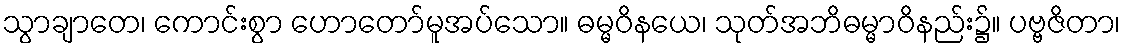
သွာချာတေ၊ ကောင်းစွာ ဟောတော်မူအပ်သော။ ဓမ္မဝိနယေ၊ သုတ်အဘိဓမ္မာဝိနည်း၌။ ပဗ္ဗဇိတာ၊